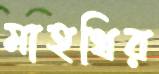
মাহথির